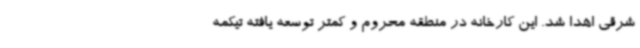
شرقی اهدا شد. این کارخانه در منطقه محروم و کمتر توسعه یافته تیکمه